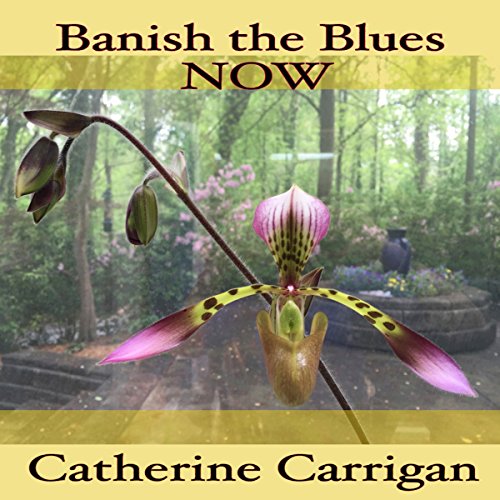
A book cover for Banish the Blues Now; Catherine Carrigan; Health, Fitness & Dieting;